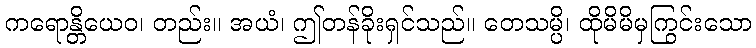
ကရောန္တိယေဝ၊ တည်း။ အယံ၊ ဤတန်ခိုးရှင်သည်။ တေသမ္ပိ၊ ထိုမိမိမှကြွင်းသော